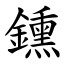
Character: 鑂